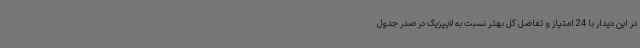
در این دیدار با 24 امتیاز و تفاضل گل بهتر نسبت به لایپزیگ در صدر جدول